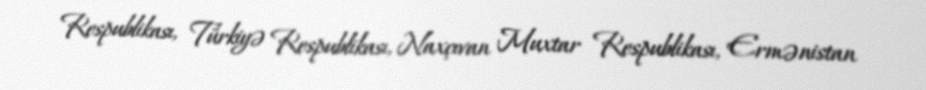
Respublikası, Türkiyə Respublikası, Naxçıvan Muxtar Respublikası, Ermənistan